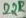
Text: 22K